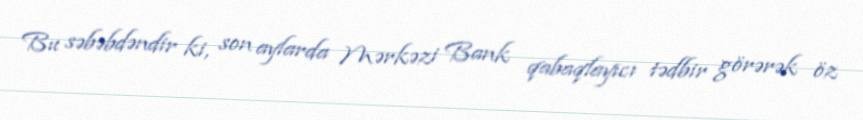
Bu səbəbdəndir ki, son aylarda Mərkəzi Bank qabaqlayıcı tədbir görərək öz